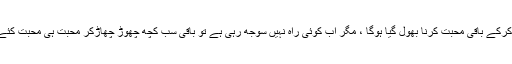
بے چارہ تھوڑی سی محبت کرکے باقی محبت کرنا بھول گیا ہوگا ، مگر اب کوئی راہ نہیں سوجھ رہی ہے تو باقی سب کچھ چھوڑ چھاڑکر محبت ہی محبت کئے جانے کا اعلان کررہا ہے ۔